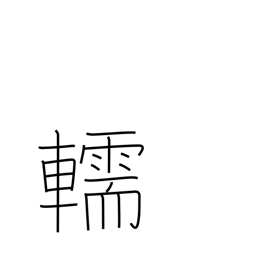
Meaning: hearse